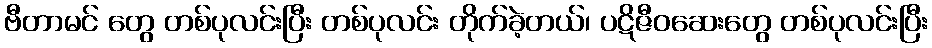
ဗီတာမင် တွေ တစ်ပုလင်းပြီး တစ်ပုလင်း တိုက်ခဲ့တယ်၊ ပဋိဇီဝဆေးတွေ တစ်ပုလင်းပြီး